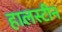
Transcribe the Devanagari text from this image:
हालस्टीन